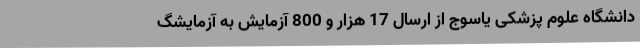
دانشگاه علوم پزشکی یاسوج از ارسال 17 هزار و 800 آزمایش به آزمایشگ